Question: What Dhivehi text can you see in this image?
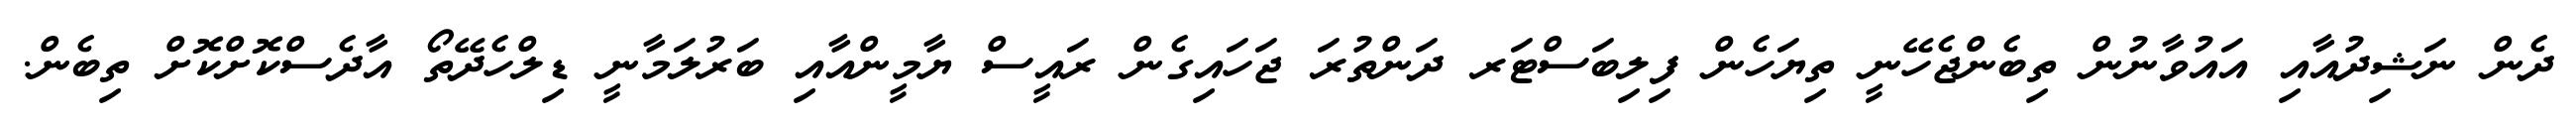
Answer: ދެން ނަޝިދުއާއި އައުވާނުން ތިބެންޖެހޭނީ ތިޔަހެން ފިލިބަސްޓަރ ދަންތުރަ ޖަހައިގެން ރައީސް ޔާމީންއާއި ބަރުލަމާނީ ޑިލްހެދޭތޯ އާދެސްކޮށްކޮށް ތިބެން.